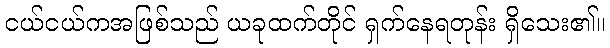
ငယ်ငယ်ကအဖြစ်သည် ယခုထက်တိုင် ရှက်နေရတုန်း ရှိသေး၏။